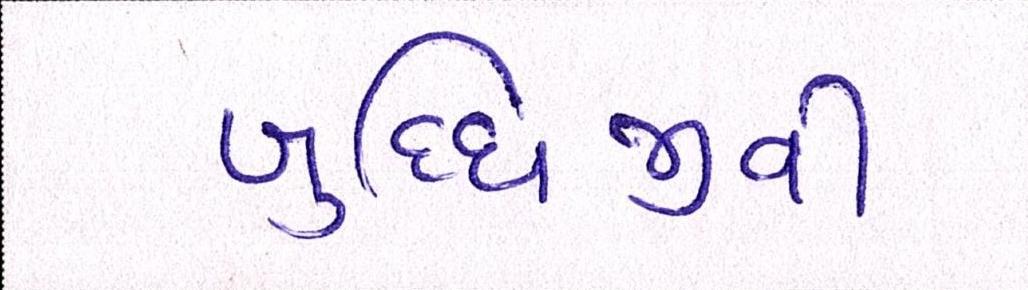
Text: બુધ્ધિજીવી